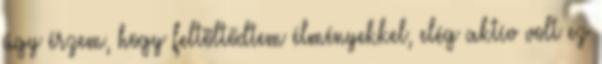
úgy érzem, hogy feltöltődtem élményekkel, elég aktív volt ez